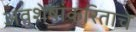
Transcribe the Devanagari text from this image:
अवशेषांकरिताचे